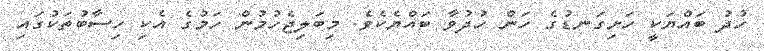
ހުދު ބައްޔަކީ ހަށިގަނޑުގެ ހަން ހުދުވާ ބައްޔެކެވެ. މިބަލިޖެހުމުން ހަމުގެ އެކި ހިސާބުތަކުގައި